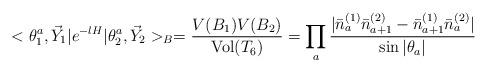
LaTeX: \begin{align*}<\theta^a_1,\vec Y_1|e^{-lH}|\theta^a_2,\vec Y_2>_B = \frac{V(B_1) V(B_2)}{\mbox{Vol}(T_6)} = \prod_a \frac{|\bar n^{(1)}_a \bar n^{(2)}_{a+1} - \bar n^{(1)}_{a+1} \bar n^{(2)}_a|}{\sin |\theta_a|}\end{align*}